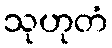
သုဟုတံ